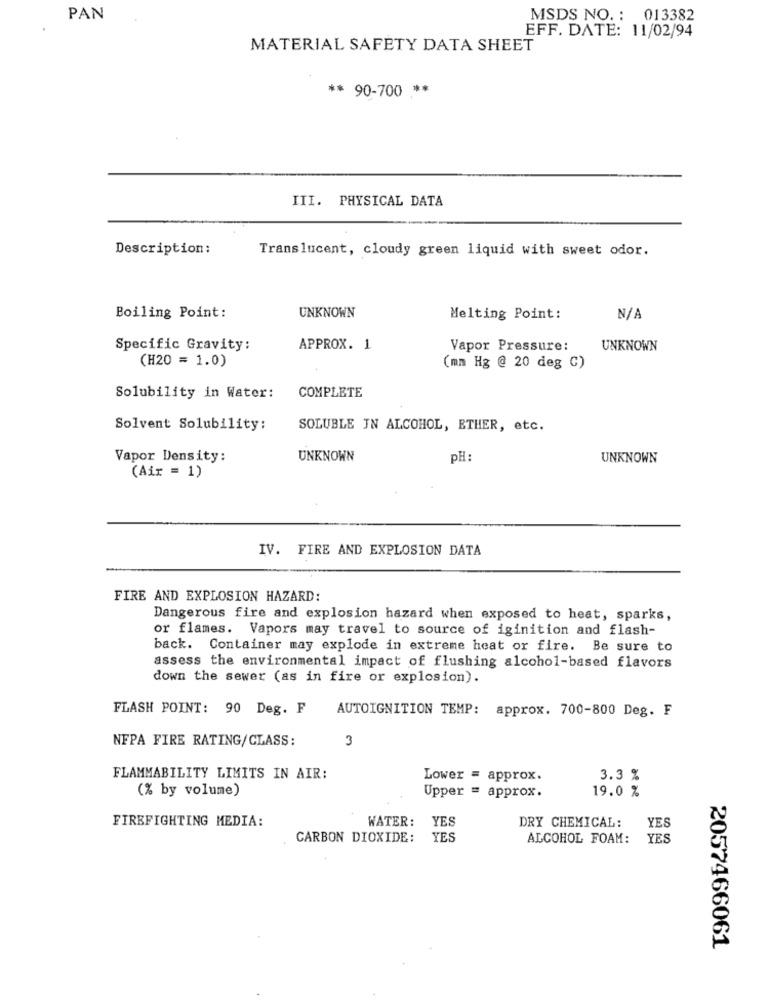
PAN
MSDS NO. : 013382
EFF. DATE: 11/02/94
MATERIAL SAFETY DATA SHEET
** 90-700 **
III. PHYSICAL DATA
Description :
Translucent, cloudy green liquid with sweet odor.
Boiling Point:
UNKNOWN
Melting Point:
Specific Gravity:
APPROX. 1
Vapor Pressure:
UNKNOWN
(H20 = 1.0)
(mm Hg @ 20 deg C)
Solubility in Water:
COMPLETE
Solvent Solubility:
SOLUBLE IN ALCOHOL, ETHER, etc.
Vapor Density:
UNKNOWN
PH
UNKNOWN
(Air = 1)
IV. FIRE AND EXPLOSION DATA
FIRE AND EXPLOSION HAZARD:
Dangerous fire and explosion hazard when exposed to heat, sparks,
or flames. Vapors may travel to source of iginition and flash-
back. Container may explode in extreme heat or fire. Be sure to
assess the environmental impact of flushing alcohol-based flavors
down the sewer (as in fire or explosion).
FLASH POINT: 90 Deg. F
AUTOIGNITION TEMP: approx. 700-800 Deg. F
NFPA FIRE RATING/CLASS:
3
FLAMMABILITY LIMITS IN AIR:
Lower = approx.
3.3 %
(% by volume)
Upper = approx.
19.0 %
FIREFIGHTING MEDIA:
WATER:
YES
DRY CHEMICAL: YES
CARBON DIOXIDE:
YES
ALCOHOL FOAM: YES
2057466061